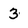
Character: 3